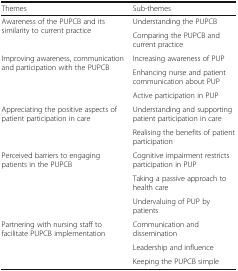
<table><thead><tr><td><b>Themes</b></td><td><b>Sub-themes</b></td></tr></thead><tbody><tr><td rowspan="2">Awareness of the PUPCB and its similarity to current practice</td><td>Understanding the PUPCB</td></tr><tr><td>Comparing the PUPCB and current practice</td></tr><tr><td rowspan="3">Improving awareness, communication and participation with the PUPCB</td><td>Increasing awareness of PUP</td></tr><tr><td>Enhancing nurse and patient communication about PUP</td></tr><tr><td>Active participation in PUP</td></tr><tr><td rowspan="2">Appreciating the positive aspects of patient participation in care</td><td>Understanding and supporting patient participation in care</td></tr><tr><td>Realising the benefits of patient participation</td></tr><tr><td rowspan="3">Perceived barriers to engaging patients in the PUPCB</td><td>Cognitive impairment restricts participation in PUP</td></tr><tr><td>Taking a passive approach to health care</td></tr><tr><td>Undervaluing of PUP by patients</td></tr><tr><td rowspan="3">Partnering with nursing staff to facilitate PUPCB implementation</td><td>Communication and dissemination</td></tr><tr><td>Leadership and influence</td></tr><tr><td>Keeping the PUPCB simple</td></tr></tbody></table>